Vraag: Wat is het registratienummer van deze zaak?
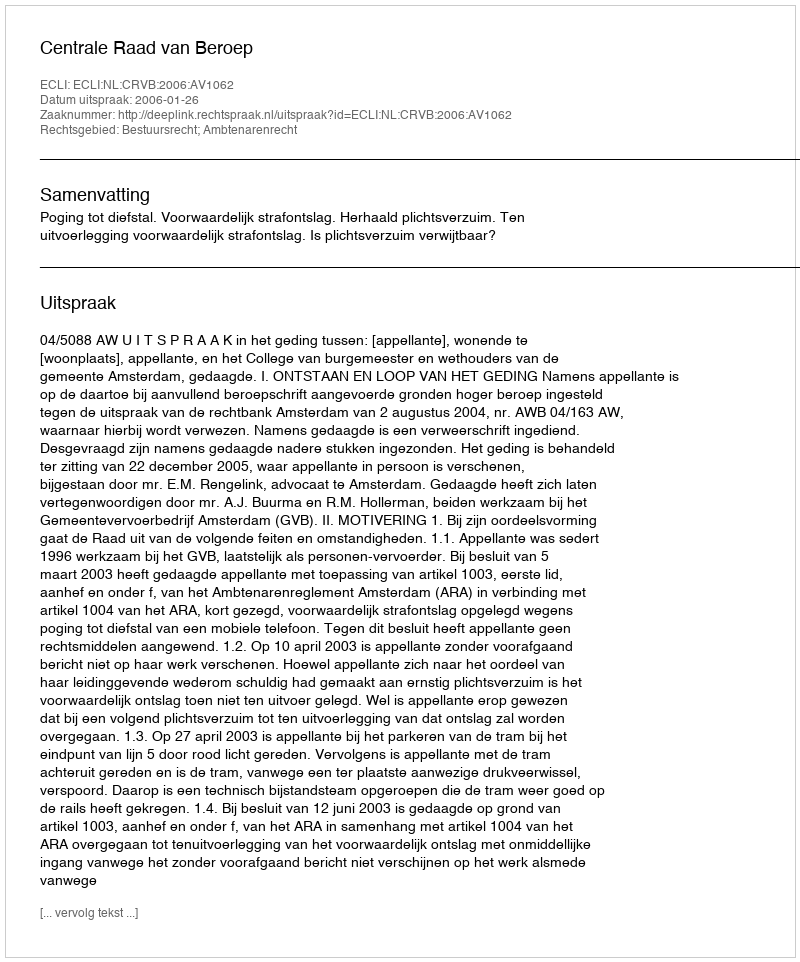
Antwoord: http://deeplink.rechtspraak.nl/uitspraak?id=ECLI:NL:CRVB:2006:AV1062